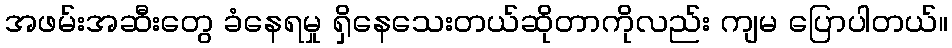
အဖမ်းအဆီးတွေ ခံနေရမှု ရှိနေသေးတယ်ဆိုတာကိုလည်း ကျမ ပြောပါတယ်။